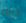
نراه